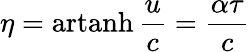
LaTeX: \eta=\operatorname{artanh}{\frac{u}{c}}={\frac{\alpha\tau}{c}}